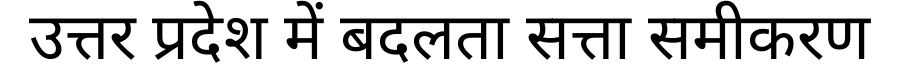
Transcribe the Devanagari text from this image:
उत्तर प्रदेश में बदलता सत्ता समीकरण